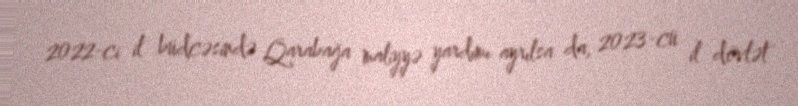
2022-ci il büdcəsində Qarabağa maliyyə yardımı ayrılsa da, 2023-cü il dövlət